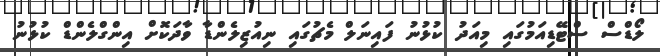
ލޯޑްސް ސްޓޭޑިއަމުގައި މިއަދު ކުޅުނު ފައިނަލް މެޗުގައި ނިއުޒިލެންޑާ ވާދަކޮށް އިންގްލެންޑް ކުޅުނު